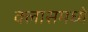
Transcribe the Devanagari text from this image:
क्लासमध्ये